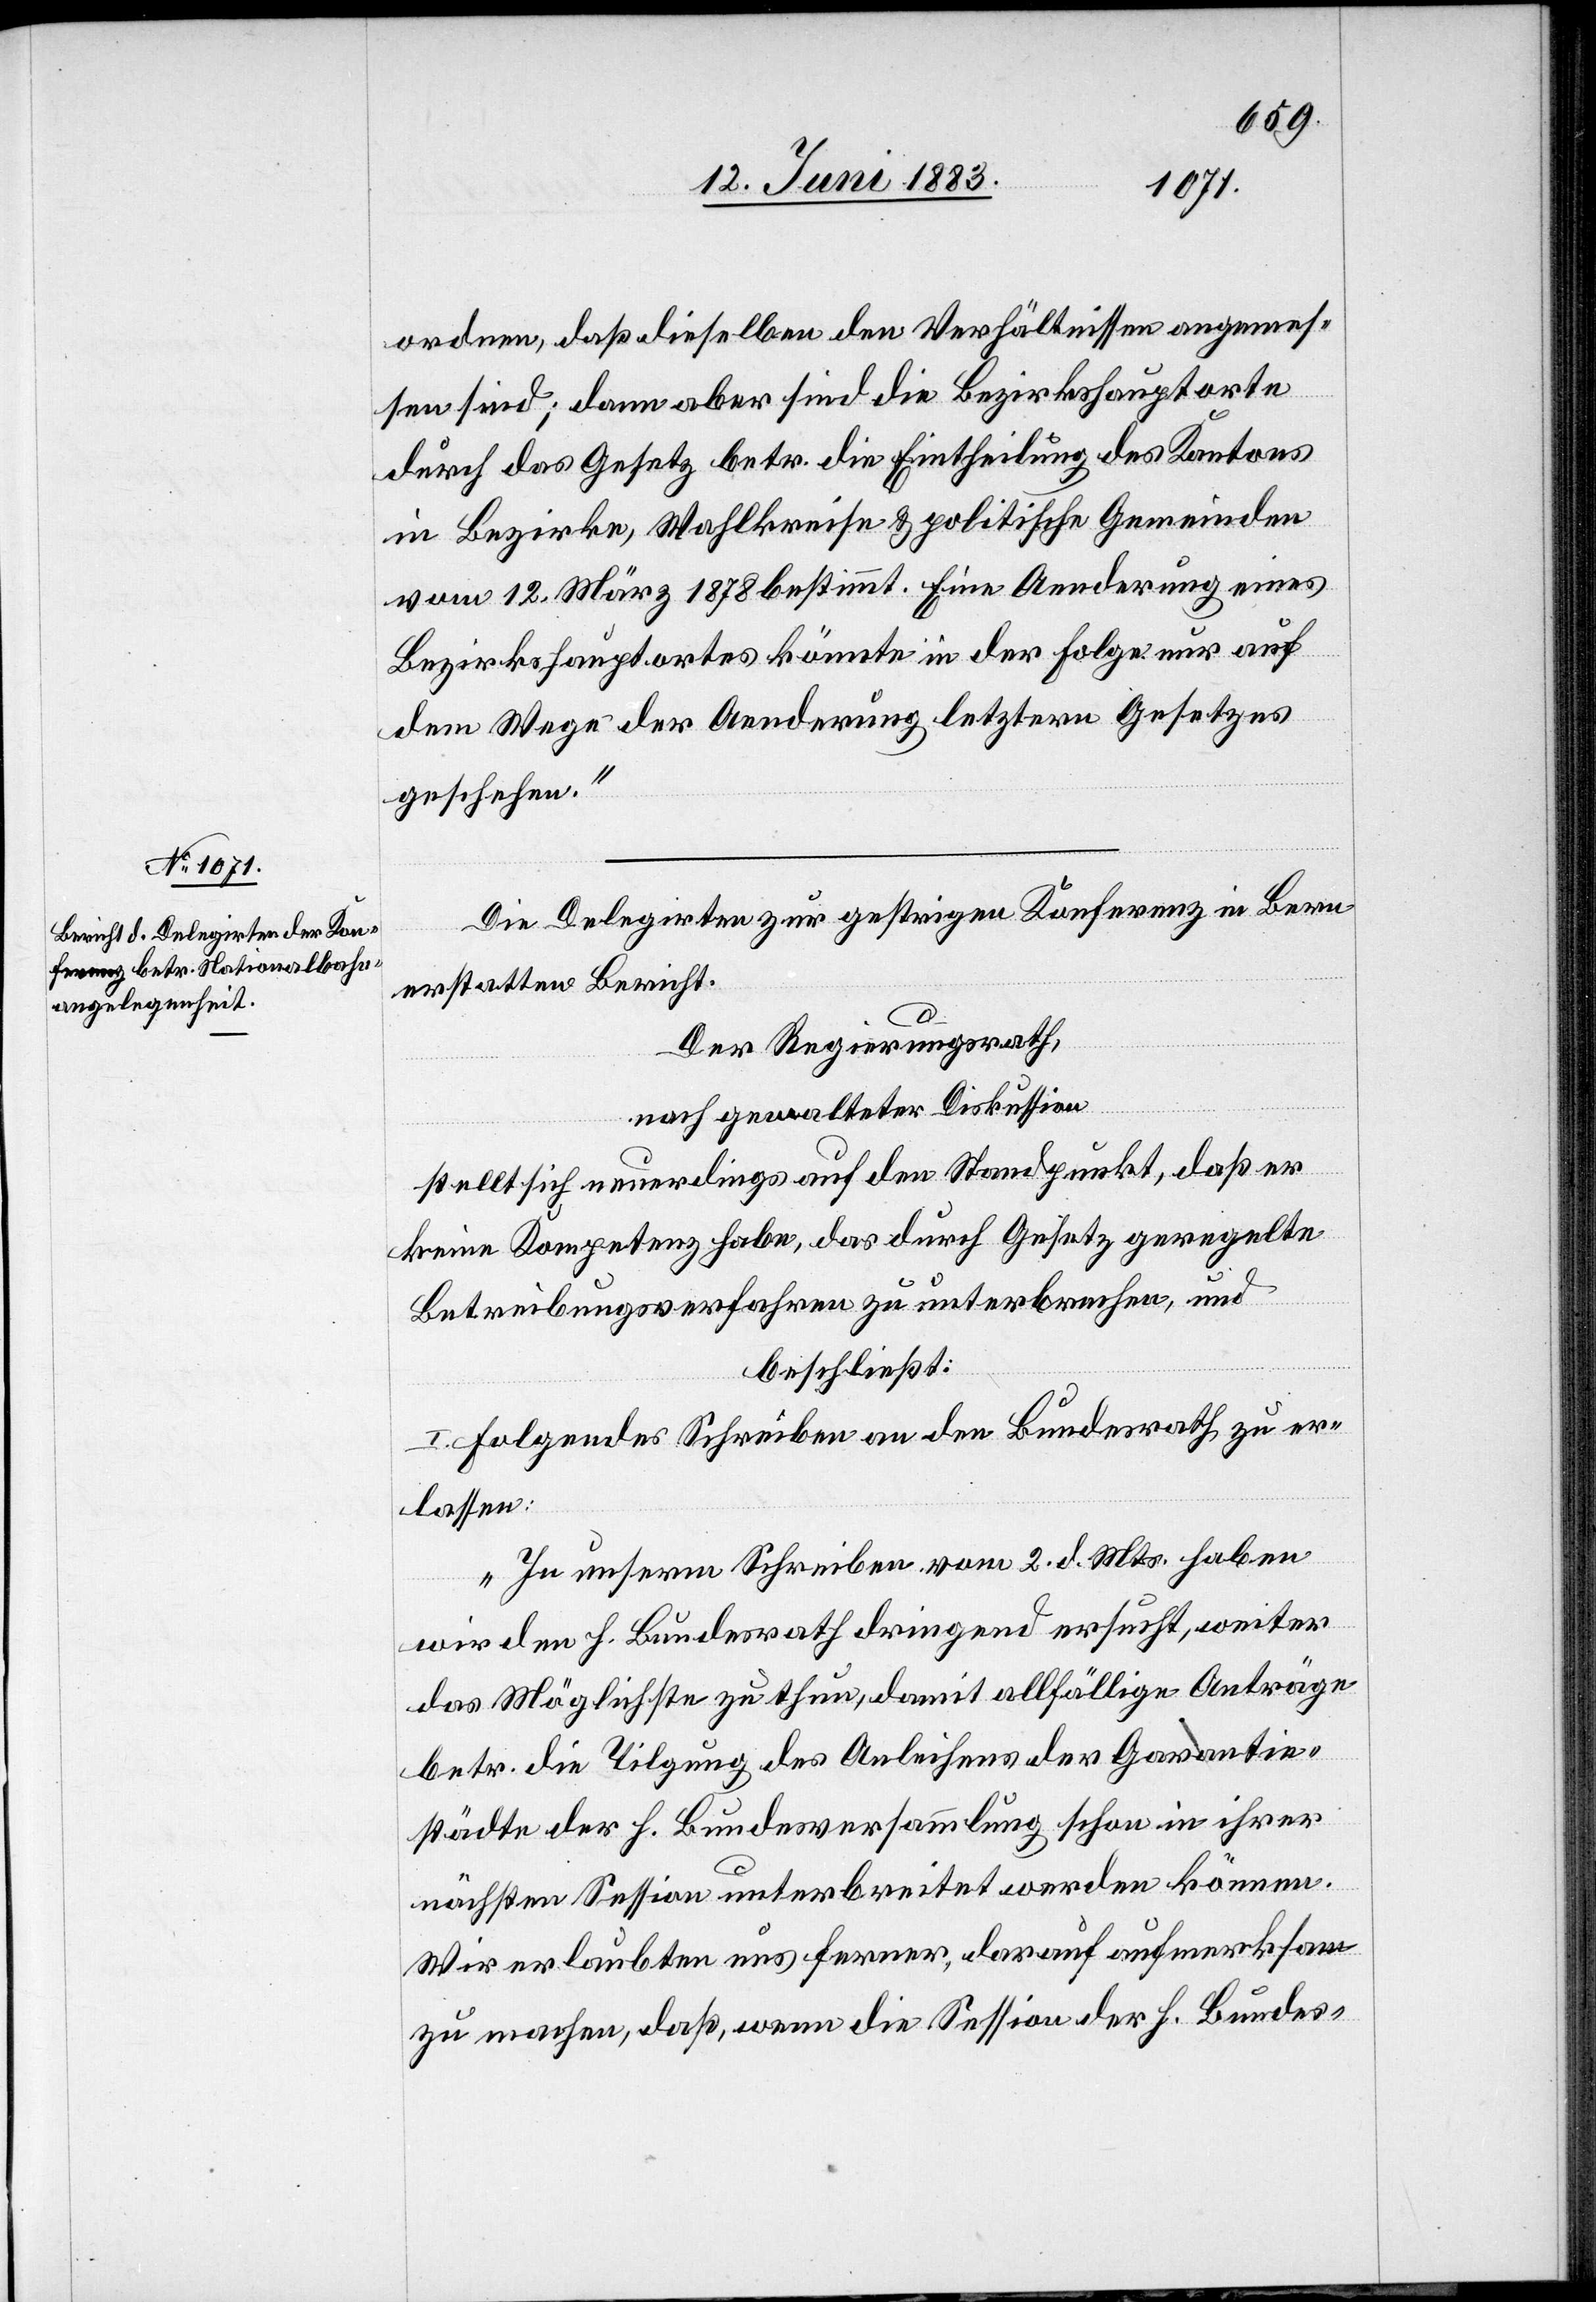
ordnen, daß dieselben den Verhältnissen angemes¬
sen sind; dann aber sind die Bezirkshauptorte
durch das Gesetz betr. die Eintheilung des Kantons
in Bezirke, Wahlkreise & politische Gemeinden
vom 12. März 1878 bestimmt. Eine Aenderung eines
Bezirkshauptortes könnte in der Folge nur auf
dem Wege der Aenderung letztern Gesetzes
geschehen.“
Die Delegirten zur gestrigen Konferenz in Bern
erstatten Bericht.
Der Regierungsrath,
nach gewalteter Diskussion
stellt sich neuerdings auf den Standpunkt, daß er
keine Kompetenz habe, das durch Gesetz geregelte
Betreibungsverfahren zu unterbrechen, und
beschließt:
I. Folgendes Schreiben an den Bundesrath zu er¬
lassen:
„In unserm Schreiben vom 2. d. Mts. haben
wir den h. Bundesrath dringend ersucht, weiter
das Möglichste zu thun, damit allfällige Anträge
betr. die Tilgung des Anleihens der Garantie¬
städte der h. Bundesversammlung schon in ihrer
nächsten Session unterbreitet werden können.
Wir erlaubten uns ferner, darauf aufmerksam
zu machen, daß, wenn die Session der h. Bundes-